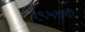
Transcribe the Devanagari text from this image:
१९५७ची